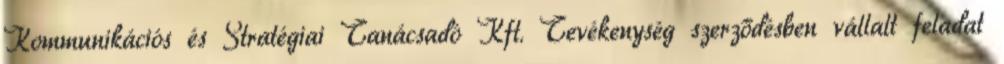
Kommunikációs és Stratégiai Tanácsadó Kft. Tevékenység szerződésben vállalt feladat